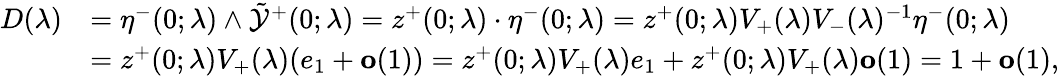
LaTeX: \begin{array}{rl}{D(\lambda)}&{=\eta^{-}(0;\lambda)\wedge\tilde{\mathcal{Y}}^{+}(0;\lambda)=z^{+}(0;\lambda)\cdot\eta^{-}(0;\lambda)=z^{+}(0;\lambda)V_{+}(\lambda)V_{-}(\lambda)^{-1}\eta^{-}(0;\lambda)}\\ &{=z^{+}(0;\lambda)V_{+}(\lambda)(e_{1}+\mathbf{o}(1))=z^{+}(0;\lambda)V_{+}(\lambda)e_{1}+z^{+}(0;\lambda)V_{+}(\lambda)\mathbf{o}(1)=1+\mathbf{o}(1),}\end{array}